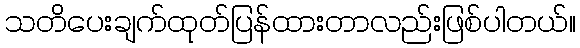
သတိပေးချက်ထုတ်ပြန်ထားတာလည်းဖြစ်ပါတယ်။